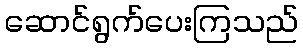
ဆောင်ရွက်ပေးကြသည်